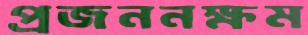
প্রজননক্ষম